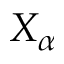
X _ { \alpha }